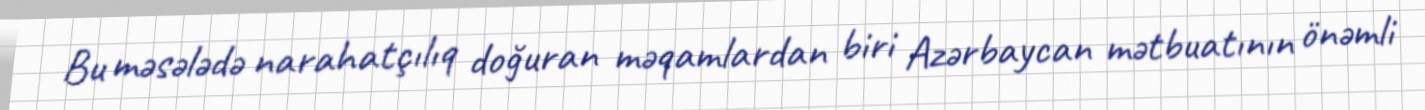
Bu məsələdə narahatçılıq doğuran məqamlardan biri Azərbaycan mətbuatının önəmli